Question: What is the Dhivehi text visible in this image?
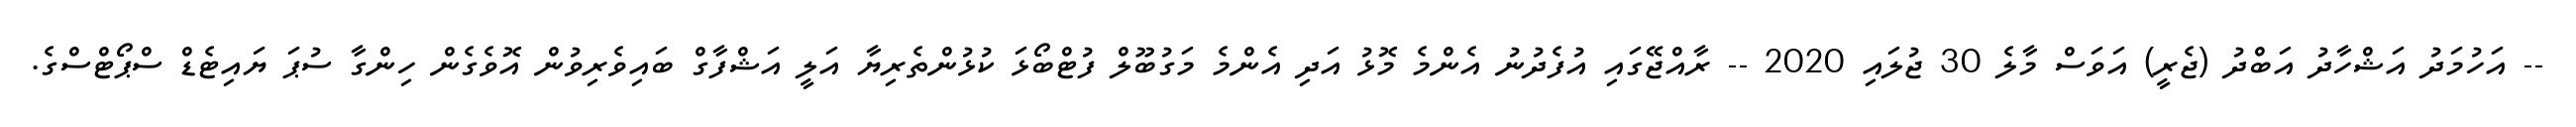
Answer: -- އަހުމަދު އަޝްހާދު އަބްދު (ޖެރީ) އަވަސް މާލެ 30 ޖުލައި 2020 -- ރާއްޖޭގައި އުފެދުނު އެންމެ މޮޅު އަދި އެންމެ މަގުބޫލް ފުޓްބޯޅަ ކުޅުންތެރިޔާ އަލީ އަޝްފާގް ބައިވެރިވުން އޮވެގެން ހިންގާ ސުޕަ ޔައިޓެޑް ސްޕޯޓްސްގެ.